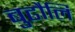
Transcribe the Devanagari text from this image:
बुढौलि